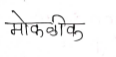
मजकूर: मोकळीक